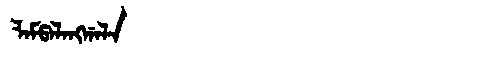
Manchu: ᠯᠠᠮᡦᠠᠯᠠᠩᡤᠠᠯᠠ
Romanization: LAMPALANGGALA